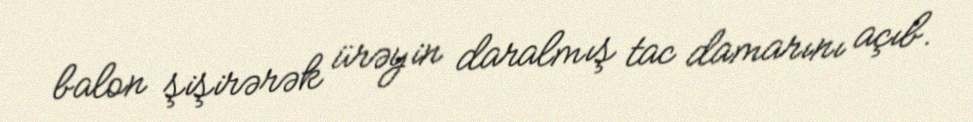
balon şişirərək ürəyin daralmış tac damarını açıb.